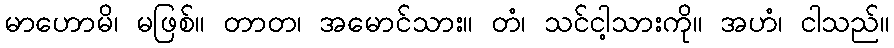
မာဟောမိ၊ မဖြစ်။ တာတ၊ အမောင်သား။ တံ၊ သင်ငါ့သားကို။ အဟံ၊ ငါသည်။